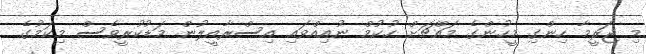
މި ޖަރީމާ ހިންގި މީހުންގެ މައްޗަށް ހުކުމް ނުއިއްވައި އިސްރާއީލުން މަޑުކުރީވެސް މިކަމުގެ